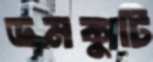
ডমকুটি